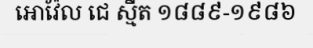
អោវ៉ែល ជេ ស្មីត ១៨៨៩-១៩៨៦